Leaving Certificate Examination (including Day School Certificate (Higher) General paper), 1934
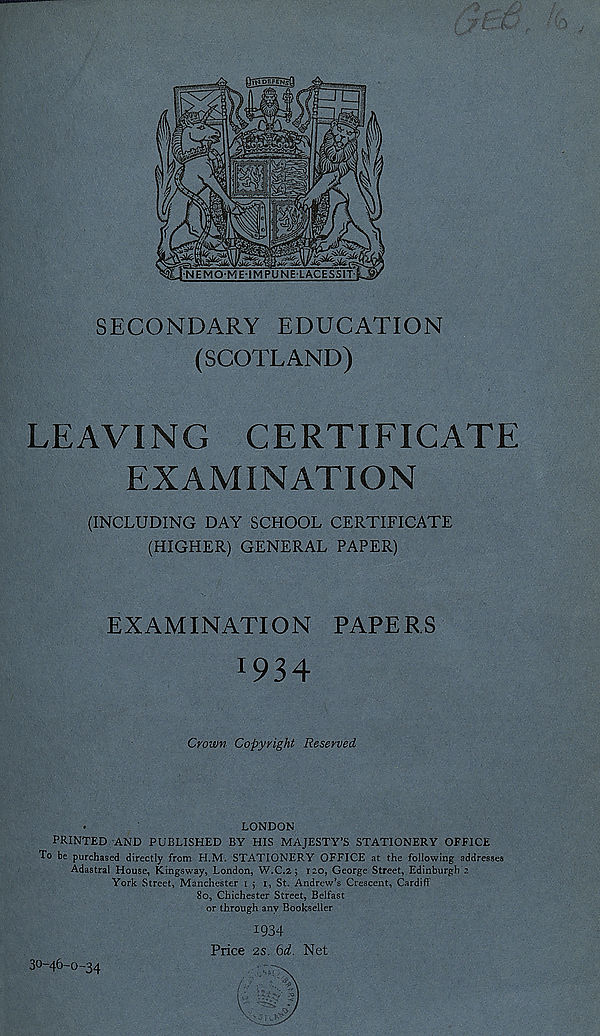
SECONDARY EDUCATION
(SCOTLAND)
LEAVING CERTIFICATE
EXAMINATION
(INCLUDING DAY SCHOOL CERTIFICATE
(HIGHER) GENERAL PAPER)
EXAMINATION PAPERS
I 934
Crown Copyright Reserved
•
LONDON
PRINTED AND PUBLISHED BY HIS MAJESTY’S STATIONERY OFFICE
To be purchased directly from H.M. STATIONERY OFFICE at the following addresses
Adastral House, Kingsway, London, W.C.2 ; 120, George Street, Edinburgh 2
York Street, Manchester 1 j 1, St. Andrew’s Crescent, Cardiff
80, Chichester Street, Belfast
or through any Bookseller
1934
Price 25. bd. Net
30-46-0-34